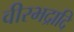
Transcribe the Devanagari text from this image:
वीरभद्रादि